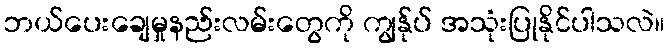
ဘယ်ပေးချေမှုနည်းလမ်းတွေကို ကျွန်ုပ် အသုံးပြုနိုင်ပါသလဲ။